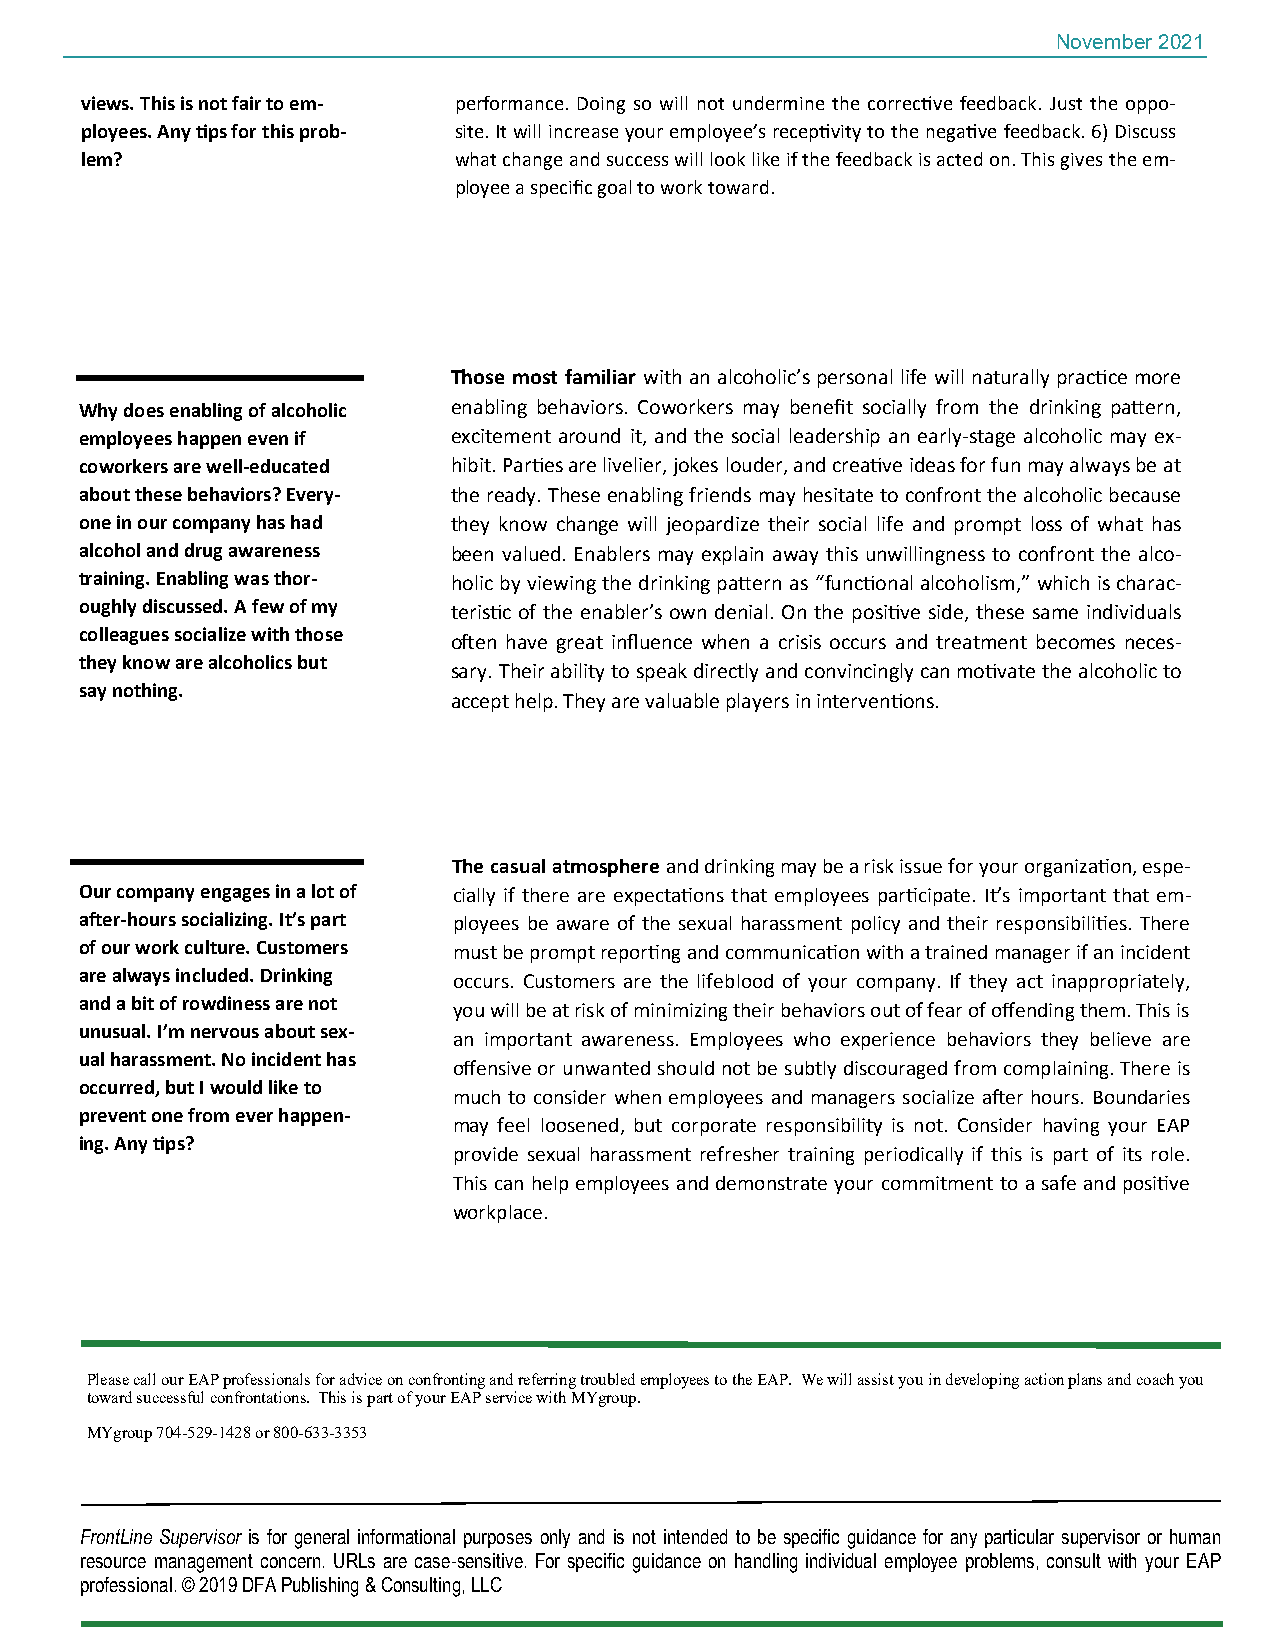
November 2021
 views. This is not fair to em- performance. Doing so will not undermine the corrective feedback. Just the oppo-
 ployees. Any tips for this prob- site. It will increase your employee’s receptivity to the negative feedback. 6) Discuss
 lem?                     what change and success will look like if the feedback is acted on. This gives the em-
 ployee a specific goal to work toward.
 Those most familiar with an alcoholic’s personal life will naturally practice more
 Why does enabling of alcoholic enabling behaviors. Coworkers may benefit socially from the drinking pattern,
 employees happen even if excitement around it, and the social leadership an early-stage alcoholic may ex-
 coworkers are well-educated hibit. Parties are livelier, jokes louder, and creative ideas for fun may always be at
 about these behaviors? Every- the ready. These enabling friends may hesitate to confront the alcoholic because
 one in our company has had they know change will jeopardize their social life and prompt loss of what has
 alcohol and drug awareness been valued. Enablers may explain away this unwillingness to confront the alco-
 training. Enabling was thor- holic by viewing the drinking pattern as “functional alcoholism,” which is charac-
 oughly discussed. A few of my teristic of the enabler’s own denial. On the positive side, these same individuals
 colleagues socialize with those
 often have great influence when a crisis occurs and treatment becomes neces-
 they know are alcoholics but
 sary. Their ability to speak directly and convincingly can motivate the alcoholic to
 say nothing.
 accept help. They are valuable players in interventions.
 The casual atmosphere and drinking may be a risk issue for your organization, espe-
 Our company engages in a lot of cially if there are expectations that employees participate. It’s important that em-
 after-hours socializing. It’s part ployees be aware of the sexual harassment policy and their responsibilities. There
 of our work culture. Customers must be prompt reporting and communication with a trained manager if an incident
 are always included. Drinking occurs. Customers are the lifeblood of your company. If they act inappropriately,
 and a bit of rowdiness are not you will be at risk of minimizing their behaviors out of fear of offending them. This is
 unusual. I’m nervous about sex-
 an important awareness. Employees who experience behaviors they believe are
 ual harassment. No incident has
 offensive or unwanted should not be subtly discouraged from complaining. There is
 occurred, but I would like to
 much to consider when employees and managers socialize after hours. Boundaries
 prevent one from ever happen-
 may feel loosened, but corporate responsibility is not. Consider having your EAP
 ing. Any tips?
 provide sexual harassment refresher training periodically if this is part of its role.
 This can help employees and demonstrate your commitment to a safe and positive
 workplace.
 Please call our EAP professionals for advice on confronting and referring troubled employees to the EAP. We will assist you in developing action plans and coach you
 toward successful confrontations. This is part of your EAP service with MYgroup.
 MYgroup 704-529-1428 or 800-633-3353
 FrontLine Supervisor is for general informational purposes only and is not intended to be specific guidance for any particular supervisor or human
 resource management concern. URLs are case-sensitive. For specific guidance on handling individual employee problems, consult with your EAP
 professional. © 2019 DFA Publishing & Consulting, LLC